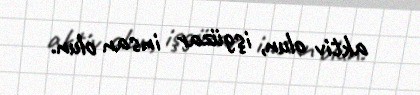
aktiv olun, işgüzar insan olun.